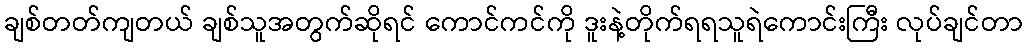
ချစ်တတ်ကျတယ် ချစ်သူအတွက်ဆိုရင် ကောင်ကင်ကို ဒူးနဲ့တိုက်ရရသူရဲကောင်းကြီး လုပ်ချင်တာ